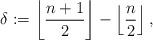
LaTeX: \begin{align*}\delta := \left\lfloor \frac{n+1}{2} \right\rfloor - \left\lfloor \frac{n}{2} \right\rfloor,\end{align*}